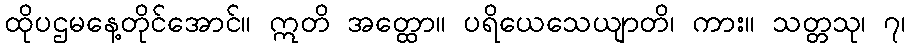
ထိုပဌမနေ့တိုင်အောင်။ ဣတိ အတ္ထော။ ပရိယေသေယျာတိ၊ ကား။ သတ္တသု၊ ၇၊